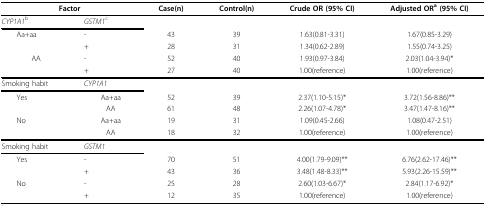
<table><thead><tr><td colspan="2"><b>Factor</b></td><td><b>Case(n)</b></td><td><b>Control(n)</b></td><td><b>Crude OR (95% CI)</b></td><td><b>Adjusted OR<sup>a </sup>(95% CI)</b></td></tr></thead><tbody><tr><td><i>CYP1A1</i><sup>b</sup></td><td><i>GSTM1</i><sup>c</sup></td><td>[EMPTY_CELL]</td><td>[EMPTY_CELL]</td><td>[EMPTY_CELL]</td><td>[EMPTY_CELL]</td></tr><tr><td> Aa+aa</td><td>-</td><td>43</td><td>39</td><td>1.63(0.81-3.31)</td><td>1.67(0.85-3.29)</td></tr><tr><td>[EMPTY_CELL]</td><td>+</td><td>28</td><td>31</td><td>1.34(0.62-2.89)</td><td>1.55(0.74-3.25)</td></tr><tr><td>AA</td><td>-</td><td>52</td><td>40</td><td>1.93(0.97-3.84)</td><td>2.03(1.04-3.94)*</td></tr><tr><td>[EMPTY_CELL]</td><td>+</td><td>27</td><td>40</td><td>1.00(reference)</td><td>1.00(reference)</td></tr><tr><td>Smoking habit</td><td><i>CYP1A1</i></td><td>[EMPTY_CELL]</td><td>[EMPTY_CELL]</td><td>[EMPTY_CELL]</td><td>[EMPTY_CELL]</td></tr><tr><td> Yes</td><td>Aa+aa</td><td>52</td><td>39</td><td>2.37(1.10-5.15)*</td><td>3.72(1.56-8.86)**</td></tr><tr><td>[EMPTY_CELL]</td><td>AA</td><td>61</td><td>48</td><td>2.26(1.07-4.78)*</td><td>3.47(1.47-8.16)**</td></tr><tr><td> No</td><td>Aa+aa</td><td>19</td><td>31</td><td>1.09(0.45-2.66)</td><td>1.08(0.47-2.51)</td></tr><tr><td>[EMPTY_CELL]</td><td>AA</td><td>18</td><td>32</td><td>1.00(reference)</td><td>1.00(reference)</td></tr><tr><td>Smoking habit</td><td><i>GSTM1</i></td><td>[EMPTY_CELL]</td><td>[EMPTY_CELL]</td><td>[EMPTY_CELL]</td><td>[EMPTY_CELL]</td></tr><tr><td> Yes</td><td>-</td><td>70</td><td>51</td><td>4.00(1.79-9.09)**</td><td>6.76(2.62-17.46)**</td></tr><tr><td>[EMPTY_CELL]</td><td>+</td><td>43</td><td>36</td><td>3.48(1.48-8.33)**</td><td>5.93(2.26-15.59)**</td></tr><tr><td> No</td><td>-</td><td>25</td><td>28</td><td>2.60(1.03-6.67)*</td><td>2.84(1.17-6.92)*</td></tr><tr><td>[EMPTY_CELL]</td><td>+</td><td>12</td><td>35</td><td>1.00(reference)</td><td>1.00(reference)</td></tr></tbody></table>